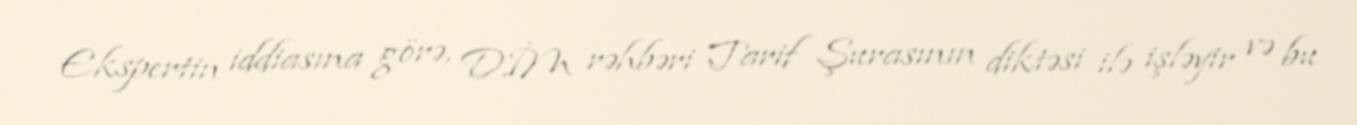
Ekspertin iddiasına görə, DİM rəhbəri Tarif Şurasının diktəsi ilə işləyir və bu